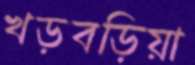
খড়বড়িয়া